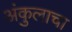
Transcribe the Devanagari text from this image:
अंकुलाचा